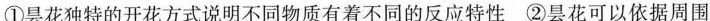
①昙花独特的开花方式说明不同物质有着不同的反应特性 ②昙花可以依据周围